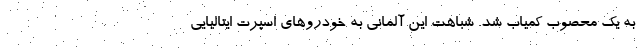
به یک محصوب کمیاب شد. شباهت این آلمانی به خودروهای اسپرت ایتالیایی